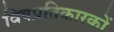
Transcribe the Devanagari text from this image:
विषप्रतिकारकों